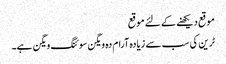
موقع دیکھنے کے لئے موقع
ٹرین کی سب سے زیادہ آرام دہ ویگن سوئنگ ویگن ہے۔